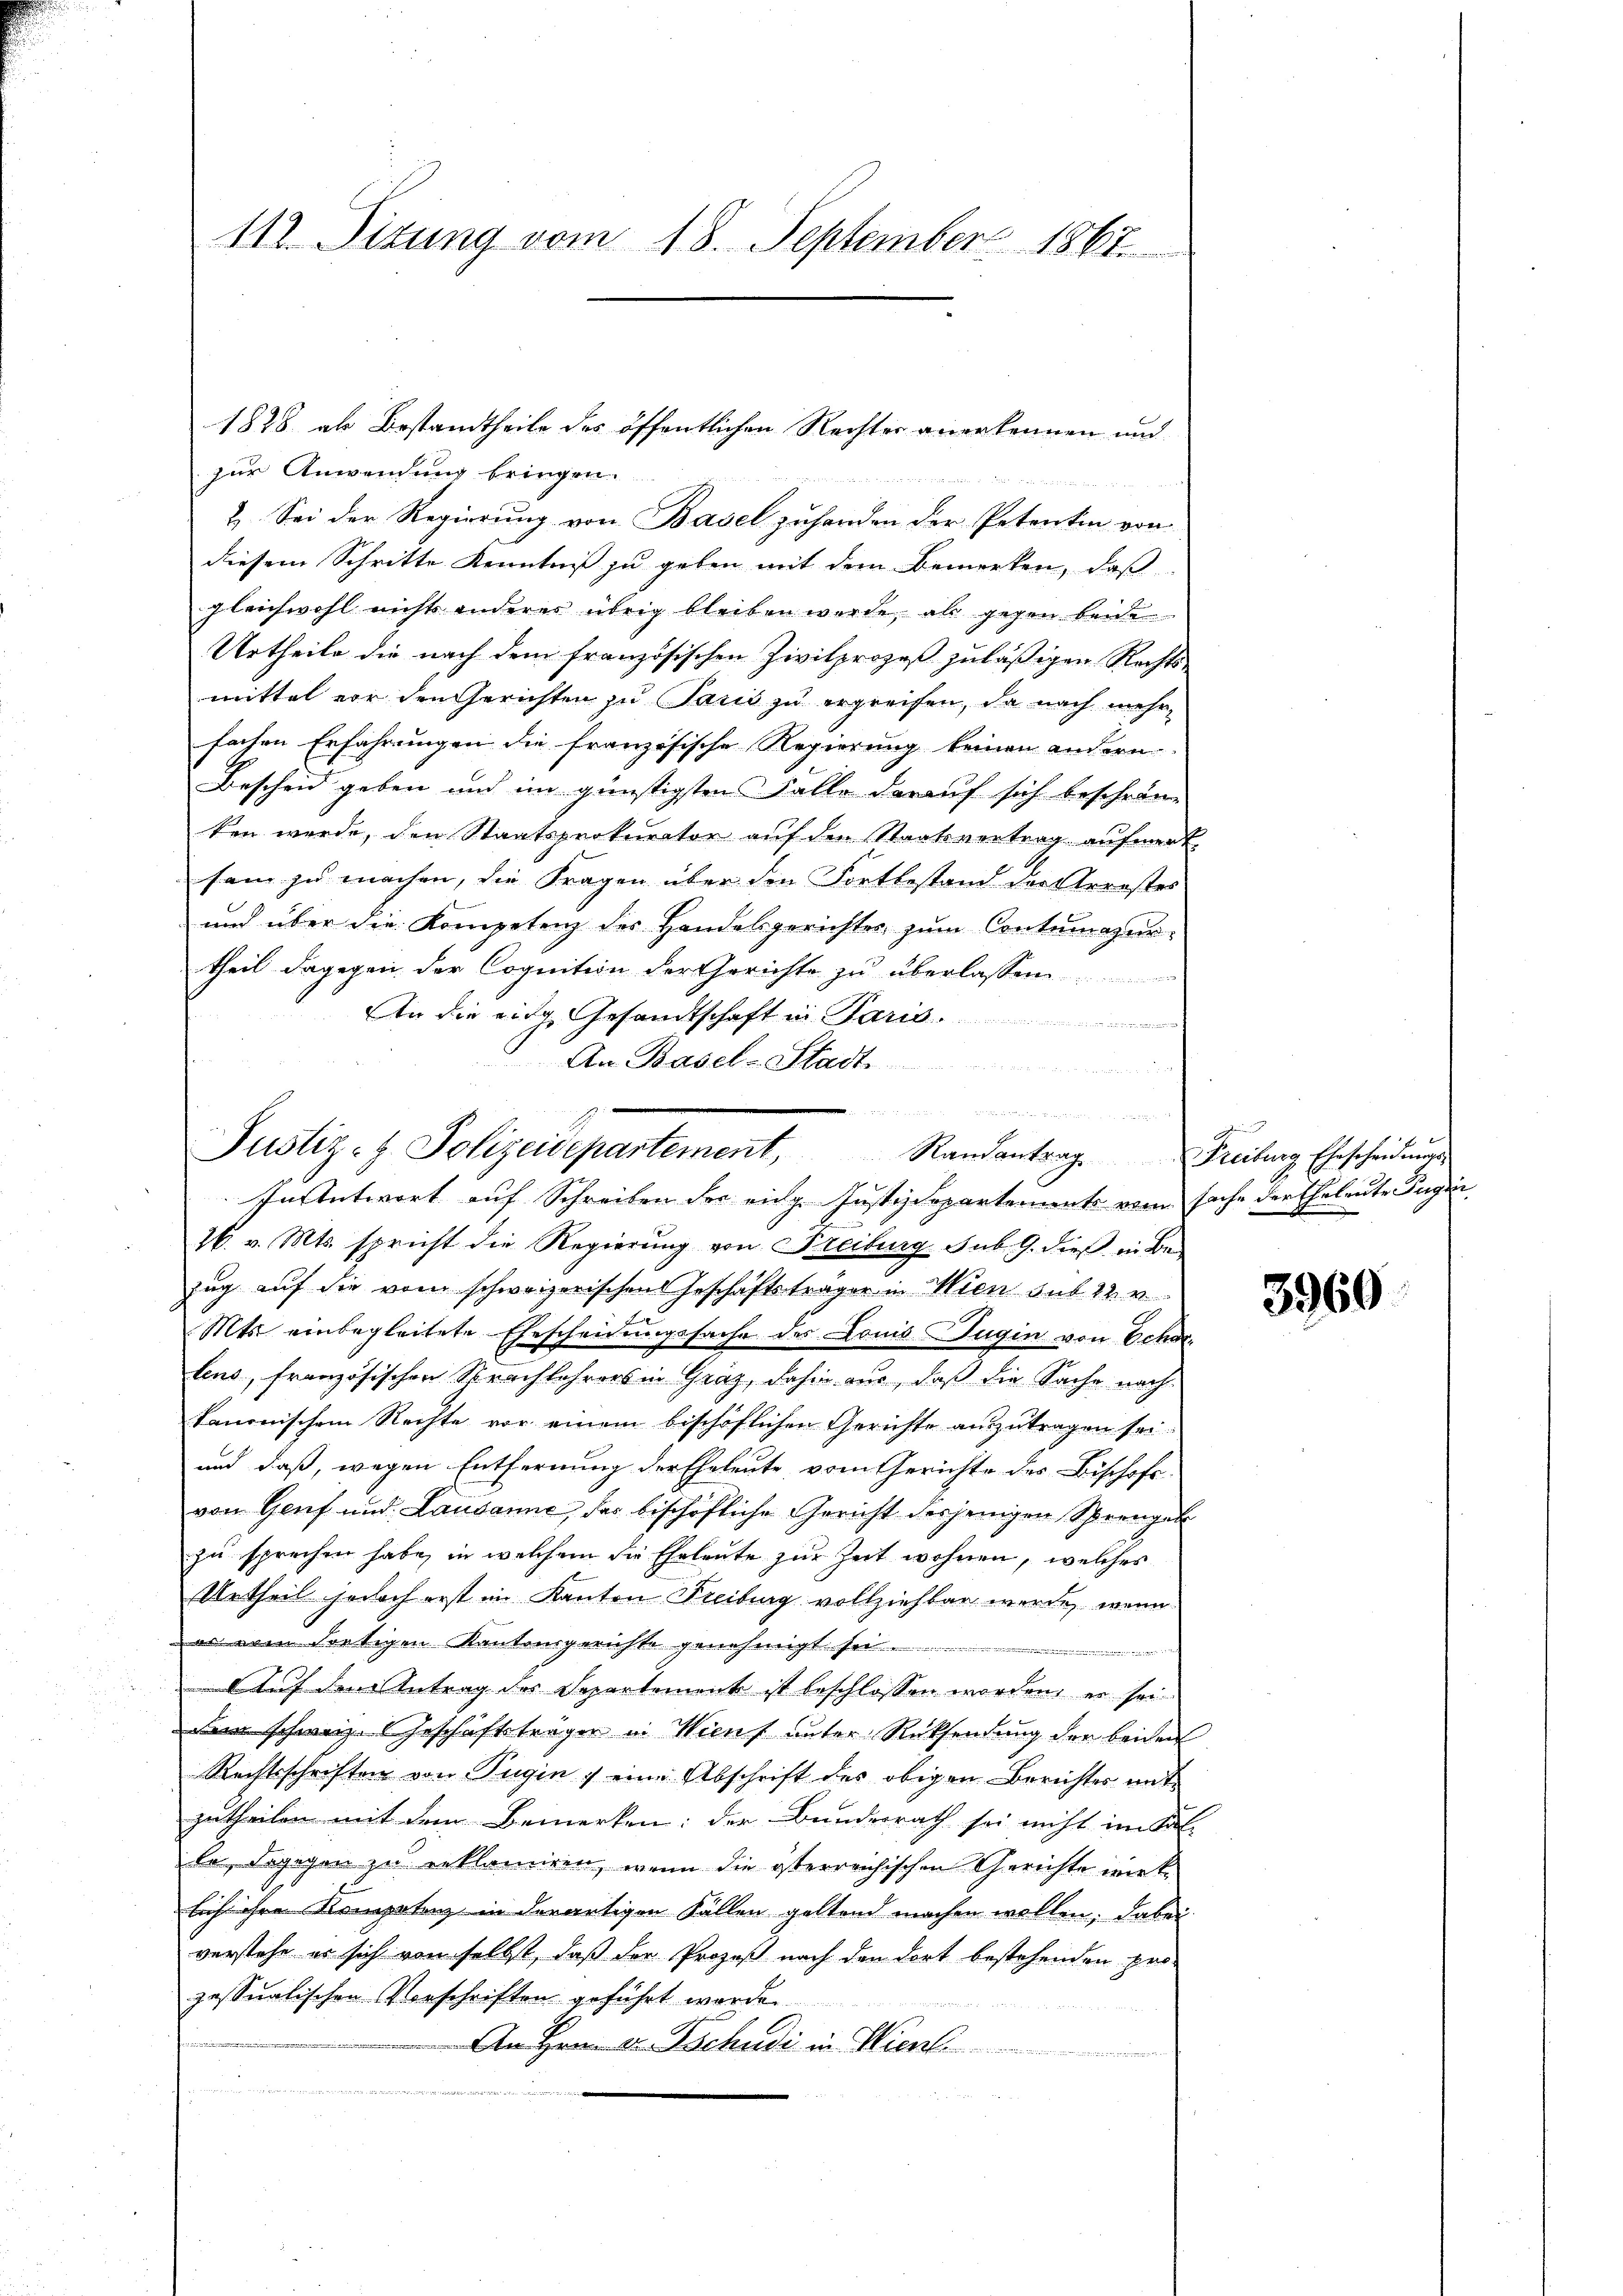
112. Titung vom 18. September 1867.

2. Sei der Regierung von Basel zuhanden der Petentin von
diesem Schritte Kenntniß zu geben mit dem Bemerken, daß
gleichwohl nichts anderer übrig bleiben werde, als gegen beide
Urtheile die nach dem französischen Zivilprozeß zuläßigen Rechts-
mittel vor den Gerichten zu Paris zu ergreifen, da nach mehrfachen Erfahrungen die französische Regierung keinen andern
Bescheid geben und im günstigsten Falle darauf sich beschrän-
ten werde, den Staatsprokurator auf den Staatsvertrag aufmerk-
sam zu machen, die Fragen über den Fortbestand der Arrestes
und über die Kompetenz des Handesgerichtes zum Contumazurtheil dagegen der Cognition der Gerichte zu überlassen
An die eine Gesandtschaft in Paris.
An Basel-Stadt
In Antwort auf Schreiben der eidg. Justizdepartements vom Sache der Eheleute Jugen
26. v. Mts. spricht die Regierŭng von Freiburg sub. 9. dieß in Be-
zug auf die vom schweizerischen Geschäftsträger in Wien sub 22. v.
Mts. einbegleitete Ehescheidungssache des Louis Zugin von Echa
lens, französischen Sprachlehrers in Graz, dahin aus, daß die Sache nach
kanonischem Rechte vor einem bischöflichen Gerichte auszutragen sei.
und daß, wegen Entfernung der Eheleute vom Gerichte des Bischofs-
von Genf und Lausanne, der bischöfliche Gericht derjenigen Sprengel
zu sprechen habe, in welchem die Eheleute zur Zeit wohnen, welches
Urtheil jedoch erst im Kanton Freiburg vollziehten werde, wenn
as ein Fortigen Kantonsgerichte genehmigt sei

Auf dem Antrag des Separtemont ist beschlossen worden, er sei
Den schweiz. Geschäftsträgen in Wienf unter Rücksendung der beident
Rechtsschriften von Tugin , eine Abschrift des obigen Berichtes mitzutheilen mit dem Bemerken: der Bundesrath sei nicht im Sal-
le, dagegen zu erklamiren, wenn die österreichischen Gerichte wie k.
lich ihre Kompetenz in derartigen Fällen geltend machen wollen; dabei
verstehe er sich von selbst, daß der Prozeß nach den dort bestehenden pro-
zessualischen Vorschriften geführt worden.
An Hrn. Dr. Tschudi in Wierl

1828 als Bestandtheile des öffentlichen Rechter anerkennen und
zur Anwendung bringen.

Justiz- & Polizeidepartement,
Randantrag

Freiburg Ehescheidung

3960